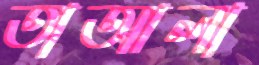
তাআলা